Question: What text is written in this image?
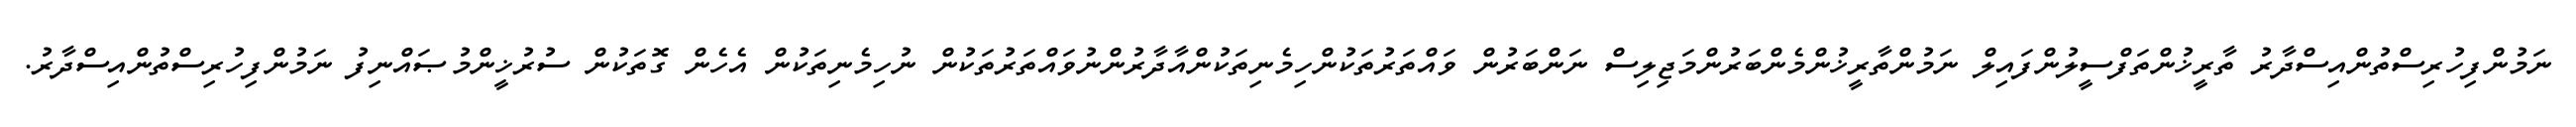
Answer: ނަމުންފިހުރިސްތުންއިސްދާރު ތާރީޚުންތަފްސީލުންފައިލް ނަމުންތާރީޚުންމެންބަރުންމަޖިލިސް ނަންބަރުން ވައްތަރުތަކުންހިމެނިތަކުންއާދާރުންނުވައްތަރުތަކުން ނުހިމެނިތަކުން އެހެން ގޮތަކުން ސުރުޚީންމުޞައްނިފު ނަމުންފިހުރިސްތުންއިސްދާރު.